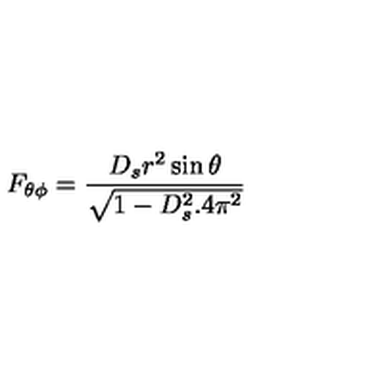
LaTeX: F _ { \theta \phi } = \frac { D _ { s } r ^ { 2 } \sin \theta } { \sqrt { 1 - D _ { s } ^ { 2 } . 4 \pi ^ { 2 } } }